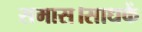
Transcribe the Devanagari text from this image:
समास।साधकें